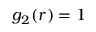
g _ { 2 } ( r ) = 1